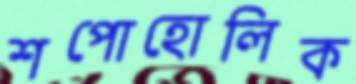
শপোহোলিক